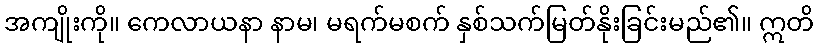
အကျိုးကို။ ကေလာယနာ နာမ၊ မရက်မစက် နှစ်သက်မြတ်နိုးခြင်းမည်၏။ ဣတိ